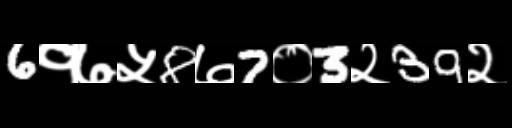
Text: 6१७५8७7०3२39२